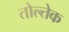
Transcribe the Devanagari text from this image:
तोल्तेक